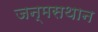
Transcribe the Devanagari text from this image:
जन्मसथान